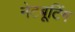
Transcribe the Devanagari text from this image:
नेटबूटिंग